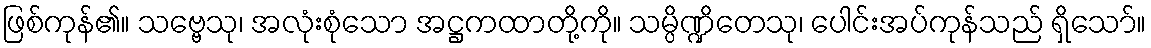
ဖြစ်ကုန်၏။ သဗ္ဗေသု၊ အလုံးစုံသော အဋ္ဌကထာတို့ကို။ သမ္ပိဏ္ဍိတေသု၊ ပေါင်းအပ်ကုန်သည် ရှိသော်။